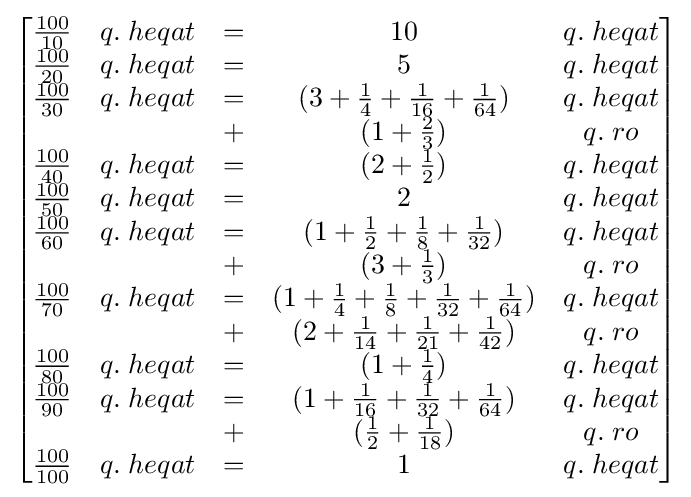
{\begin{bmatrix}{\frac {100}{10}}&q.\;heqat&=&10&q.\;heqat\\{\frac {100}{20}}&q.\;heqat&=&5&q.\;heqat\\{\frac {100}{30}}&q.\;heqat&=&(3+{\frac {1}{4}}+{\frac {1}{16}}+{\frac {1}{64}})&q.\;heqat\\&&+&(1+{\frac {2}{3}})&q.\;ro\\{\frac {100}{40}}&q.\;heqat&=&(2+{\frac {1}{2}})&q.\;heqat\\{\frac {100}{50}}&q.\;heqat&=&2&q.\;heqat\\{\frac {100}{60}}&q.\;heqat&=&(1+{\frac {1}{2}}+{\frac {1}{8}}+{\frac {1}{32}})&q.\;heqat\\&&+&(3+{\frac {1}{3}})&q.\;ro\\{\frac {100}{70}}&q.\;heqat&=&(1+{\frac {1}{4}}+{\frac {1}{8}}+{\frac {1}{32}}+{\frac {1}{64}})&q.\;heqat\\&&+&(2+{\frac {1}{14}}+{\frac {1}{21}}+{\frac {1}{42}})&q.\;ro\\{\frac {100}{80}}&q.\;heqat&=&(1+{\frac {1}{4}})&q.\;heqat\\{\frac {100}{90}}&q.\;heqat&=&(1+{\frac {1}{16}}+{\frac {1}{32}}+{\frac {1}{64}})&q.\;heqat\\&&+&({\frac {1}{2}}+{\frac {1}{18}})&q.\;ro\\{\frac {100}{100}}&q.\;heqat&=&1&q.\;heqat\\\end{bmatrix}}